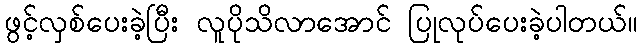
ဖွင့်လှစ်ပေးခဲ့ပြီး လူပိုသိလာအောင် ပြုလုပ်ပေးခဲ့ပါတယ်။